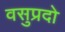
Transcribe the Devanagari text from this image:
वसुप्रदो